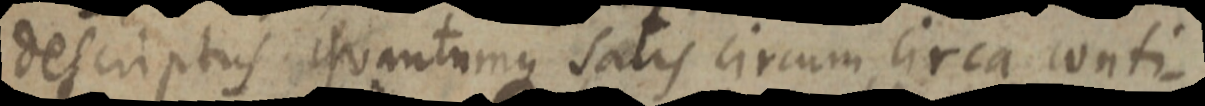
descriptus quantumque satis circum circa conti